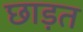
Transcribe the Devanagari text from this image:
छाड़त